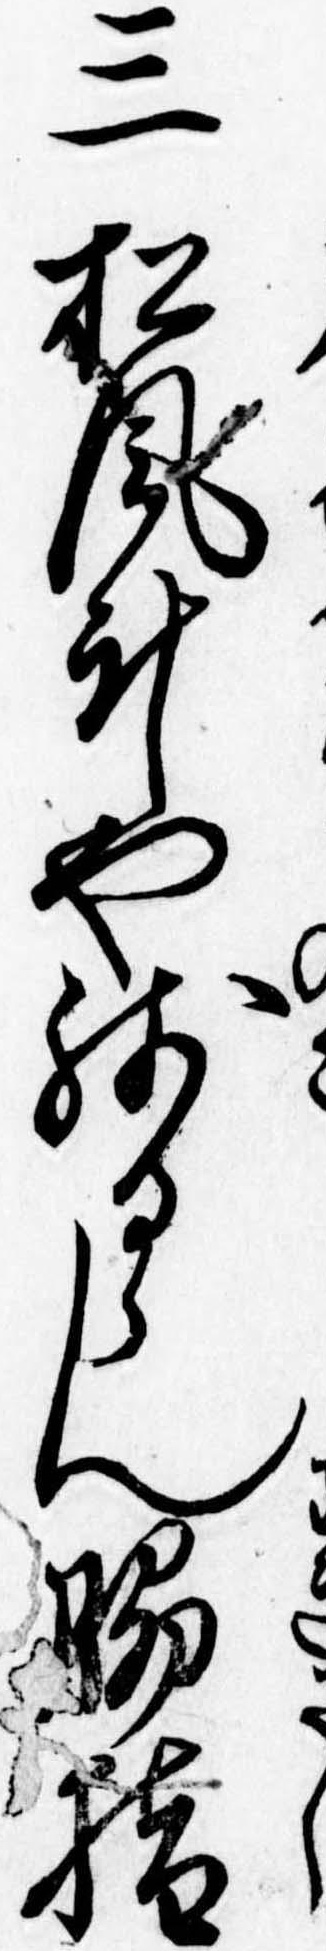
三松風斗や残るらん脇指